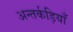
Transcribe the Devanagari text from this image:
अन्तर्कड़ियाँ